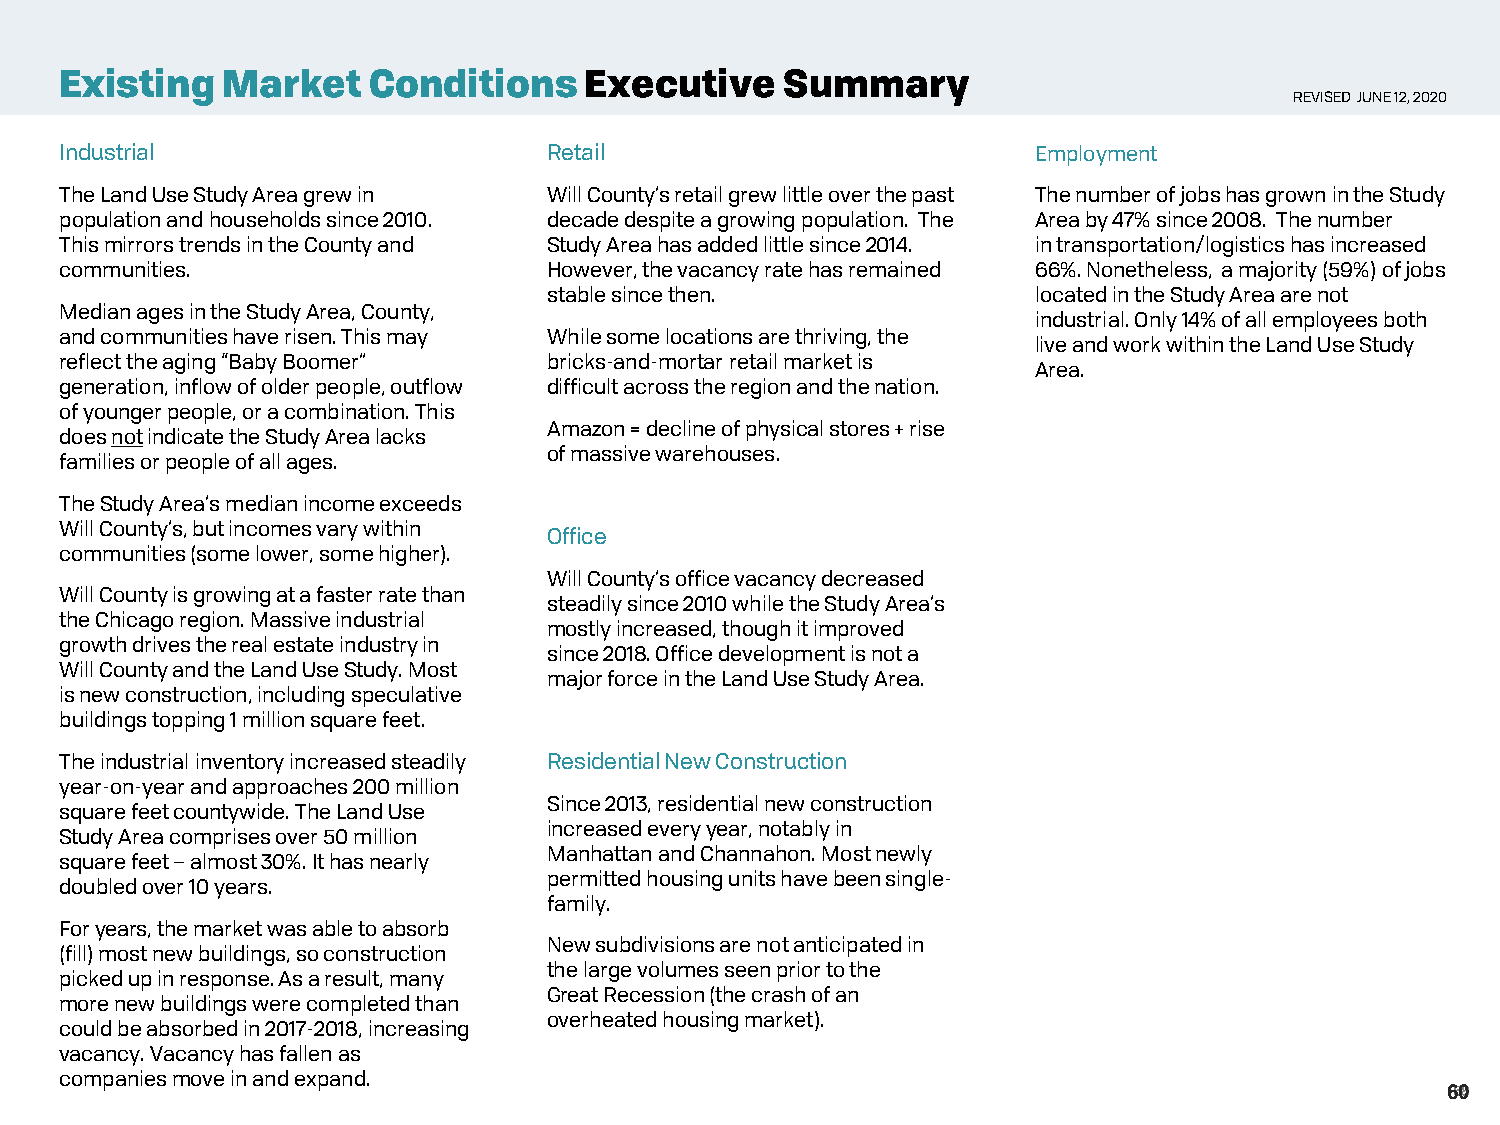
Existing   Market   Conditions     Executive    Summary
 REVISED JUNE 12, 2020
 Industrial                      Retail                           Employment
 The Land Use Study Area grew in Will County’s retail grew little over the past The number of jobs has grown in the Study
 population and households since 2010. decade despite a growing population. The Area by 47% since 2008. The number
 This mirrors trends in the County and Study Area has added little since 2014. in transportation/logistics has increased
 communities.                    However, the vacancy rate has remained 66%. Nonetheless, a majority (59%) of jobs
 stable since then.               located in the Study Area are not
 Median ages in the Study Area, County,
 industrial. Only 14% of all employees both
 and communities have risen. This may While some locations are thriving, the
 live and work within the Land Use Study
 reflect the aging “Baby Boomer” bricks-and-mortar retail market is
 Area.
 generation, inflow of older people, outflow difficult across the region and the nation.
 of younger people, or a combination. This
 Amazon = decline of physical stores + rise
 does notindicate the Study Area lacks
 of massive warehouses.
 families or people of all ages.
 The Study Area’s median income exceeds
 Will County’s, but incomes vary within
 Office
 communities (some lower, some higher).
 Will County’s office vacancy decreased
 Will County is growing at a faster rate than
 steadily since 2010 while the Study Area’s
 the Chicago region. Massive industrial
 mostly increased, though it improved
 growth drives the real estate industry in
 since 2018. Office development is not a
 Will County and the Land Use Study. Most
 major force in the Land Use Study Area.
 is new construction, including speculative
 buildings topping 1 million square feet.
 The industrial inventory increased steadily Residential New Construction
 year-on-year and approaches 200 million
 Since 2013, residential new construction
 square feet countywide. The Land Use
 increased every year, notably in
 Study Area comprises over 50 million
 Manhattan and Channahon. Most newly
 square feet –almost 30%. It has nearly
 permitted housing units have been single-
 doubled over 10 years.
 family.
 For years, the market was able to absorb
 New subdivisions are not anticipated in
 (fill) most new buildings, so construction
 the large volumes seen prior to the
 picked up in response. As a result, many
 Great Recession (the crash of an
 more new buildings were completed than
 overheated housing market).
 could be absorbed in 2017-2018, increasing
 vacancy. Vacancy has fallen as
 companies move in and expand.
 6508